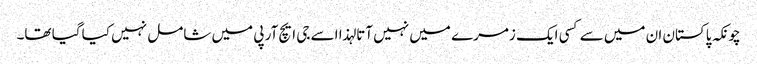
چونکہ پاکستان ان میں سے کسی ایک زمرے میں نہیں آتا لہذا اسے جی ایچ آر پی میں شامل نہیں کیا گیا تھا۔